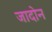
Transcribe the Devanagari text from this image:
जादोन